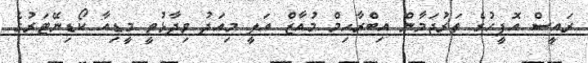
ރައީސް އޮފީހުގެ ތަރުޖަމާން އިބްރާހިމް މުއާޒް އަލީ މިއަދު ވިދާޅުވީ މީޑިއާ ކޯޑިނޭޓަރުގެ